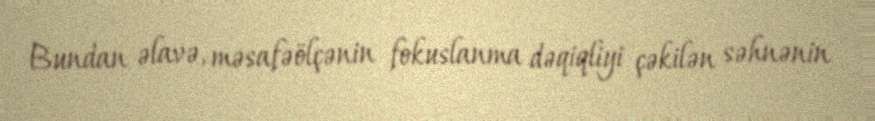
Bundan əlavə, məsafəölçənin fokuslanma dəqiqliyi çəkilən səhnənin